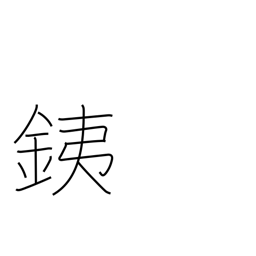
Meaning: iron